Annual report of the Central Committee of the Association together with the report of the directors of the Pasteur Institute at Kasauli
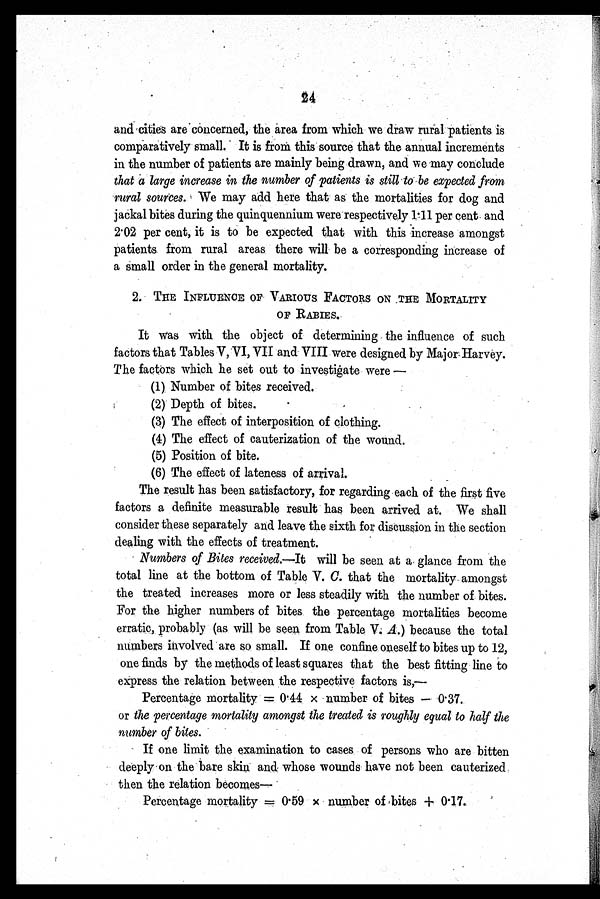
and cities are concerned, the area from which we draw rural patients is
comparatively small. It is from this source that the annual increments
in the number of patients are mainly being drawn, and we may conclude
that a large increase in the number of patients is still to be expected from
rural sources. We may add here that as the mortalities for dog and
jackal bites during the quinquennium were respectively 1.11 per cent . and
2.02 per cent, it is to be expected that with this increase amongst
patients from rural areas there will be a corresponding increase of
a small order in the general mortality.
2. THE INFLUENCE OF . VARIOUS FACTORS ON THE MORTALITY
OF RABIES.
It was with the object of determining the influence of such
factors that Tables V, VI, VII and VIII were designed by Major Harvey.
The factors which he set out to investigate were —
(1) Number of bites received.
(2) Depth of bites.
(3) The effect of interposition of clothing.
(4) The effect of cauterization of the wound.
(5) Position of bite.
(6) The effect of lateness of arrival.
The result has been satisfactory, for regarding each of the first five
factors a definite measurable result has been arrived at. We shall
consider these separately and leave the sixth for discussion in the section
dealing with the effects of treatment.
Numbers of Bites received.—It will be seen at a glance from the
total line at the bottom of Table V. C. that the mortality amongst
the treated increases more or less steadily with the number of. bites.
For the higher numbers of bites the percentage mortalities become
erratic, probably (as will be seen from Table V. A .) because the total
numbers involved are so small. If one confine oneself to bites up to 12,
one finds by the methods of least squares that the best fitting line to
express the relation between the respective factors is,—
Percentage mortality = 0 . 44 x number of bites — 0.37.
or the percentage mortality amongst the treated is roughly equal to half the
number of bites.
If one limit the examination to cases of persons who are bitten
deeply on the bare skin and whose wounds have not been cauterized
then the relation becomes—
Percentage mortality = 0.59 x number of bites + 0.17.
figs:;